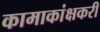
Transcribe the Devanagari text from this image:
कामाकांक्षकरी